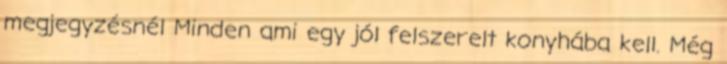
megjegyzésnél Minden ami egy jól felszerelt konyhába kell. Még